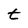
Character: t